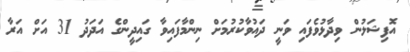
އޮފިޝަލުން ވިދާޅުވެފައި ވަނީ ދައުވާކުރުމަށް ނިންމާފައިވާ ގައިދީންގެ އަދަދު 31 އަށް އަރާ